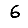
Digit: 6